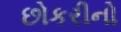
છોકરીનો